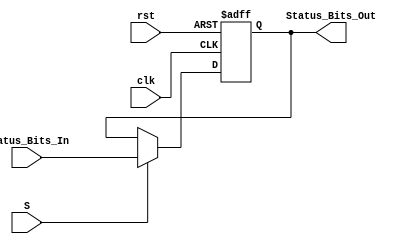
module Status_Reg 
(
    input clk, rst, S,
    input [3:0] Status_Bits_In,

    output reg [3:0] Status_Bits_Out
);

    always @(negedge clk, posedge rst) 
    begin
        if (rst) 
        begin
            Status_Bits_Out = 4'b0000;
	    end
        else if (~S) 
        begin
            Status_Bits_Out = Status_Bits_Out;            
        end
        else
        begin
            Status_Bits_Out = Status_Bits_In;
        end
    end
    
endmodule